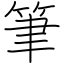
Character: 筆